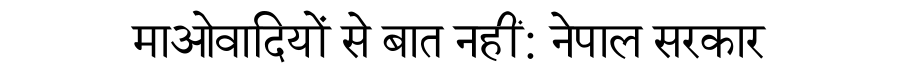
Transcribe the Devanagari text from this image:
माओवादियों से बात नहीं: नेपाल सरकार